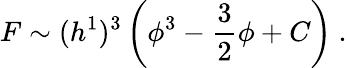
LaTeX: F\sim(h^{1})^{3}\left(\phi^{3}-{\frac{3}{2}}\phi+C\right)\ .